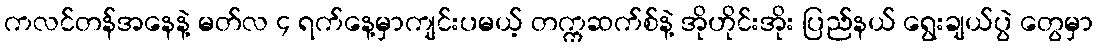
ကလင်တန်အနေနဲ့ မတ်လ ၄ ရက်နေ့မှာကျင်းပမယ့် တက္ကဆက်စ်နဲ့ အိုဟိုင်းအိုး ပြည်နယ် ရွေးချယ်ပွဲ တွေမှာ